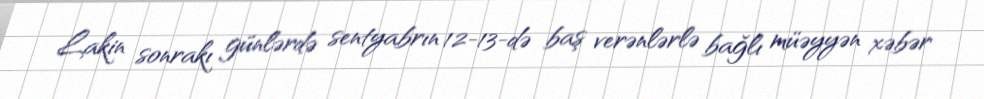
Lakin sonrakı günlərdə sentyabrın 12-13-də baş verənlərlə bağlı müəyyən xəbər